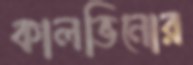
কালভিনোর